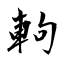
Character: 軥